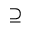
\supseteq